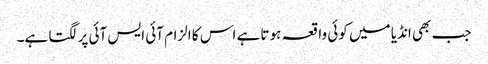
جب بھی انڈیا میں کوئی واقعہ ہوتا ہے اس کا الزام آئی ایس آئی پر لگتا ہے۔